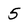
Character: 5